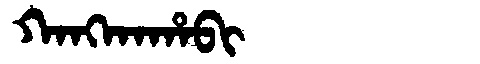
Manchu: ᡴᠠᠩᡴᠠᡥᠠᠪᡳ
Romanization: KANGKAHABI